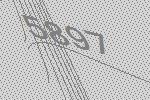
5897